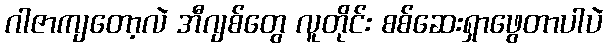
ဂါဇာကျတော့လဲ အီဂျစ်တွေ လူတိုင်း စစ်ဆေးရှာဖွေတာပါပဲ